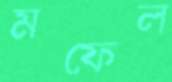
মফেল